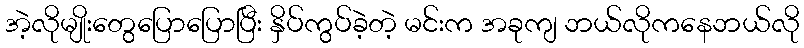
အဲ့လိုမျိုးတွေပြောပြောပြီး နှိပ်ကွပ်ခဲ့တဲ့ မင်းက အခုကျ ဘယ်လိုကနေဘယ်လို